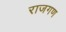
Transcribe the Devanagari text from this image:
राजगण